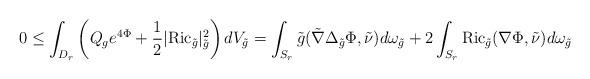
LaTeX: \begin{align*}0\leq \int_{D_r}\left(Q_{g}e^{4\Phi} + \frac{1}{2}|\mathrm{Ric}_{\tilde{g}}|^2_{\tilde{g}}\right)dV_{\tilde{g}}=\int_{S_r}\tilde{g}(\tilde{\nabla}\Delta_{\tilde{g}}\Phi,\tilde{\nu})d\omega_{\tilde{g}}+2\int_{S_r}\mathrm{Ric}_{\tilde{g}}(\nabla\Phi,\tilde{\nu})d\omega_{\tilde{g}}\end{align*}